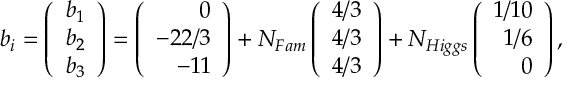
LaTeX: b _ { i } = \left( \begin{array} { r } { { b _ { 1 } } } \\ { { b _ { 2 } } } \\ { { b _ { 3 } } } \end{array} \right) = \left( \begin{array} { r } { { 0 } } \\ { { - 2 2 / 3 } } \\ { { - 1 1 } } \end{array} \right) + N _ { F a m } \left( \begin{array} { r } { { 4 / 3 } } \\ { { 4 / 3 } } \\ { { 4 / 3 } } \end{array} \right) + N _ { H i g g s } \left( \begin{array} { r } { { 1 / 1 0 } } \\ { { 1 / 6 } } \\ { { 0 } } \end{array} \right) ,